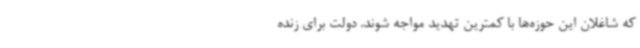
که شاغلان این حوزه‌ها با کمترین تهدید مواجه شوند. دولت برای زنده